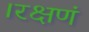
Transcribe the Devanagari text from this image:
।रक्षणं